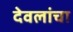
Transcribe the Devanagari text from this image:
देवलांचा